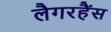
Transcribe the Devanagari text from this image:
लैगरहैंस